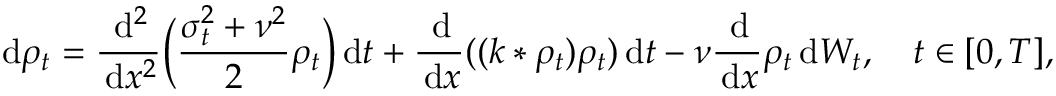
\, \mathrm { d } \rho _ { t } = \frac { \, \mathrm { d } ^ { 2 } } { \, \mathrm { d } x ^ { 2 } } \Big ( \frac { \sigma _ { t } ^ { 2 } + \nu ^ { 2 } } { 2 } \rho _ { t } \Big ) \, \mathrm { d } t + \frac { \, \mathrm { d } } { \, \mathrm { d } x } ( ( k * \rho _ { t } ) \rho _ { t } ) \, \mathrm { d } t - \nu \frac { \, \mathrm { d } } { \, \mathrm { d } x } \rho _ { t } \, \mathrm { d } W _ { t } , \quad t \in [ 0 , T ] ,